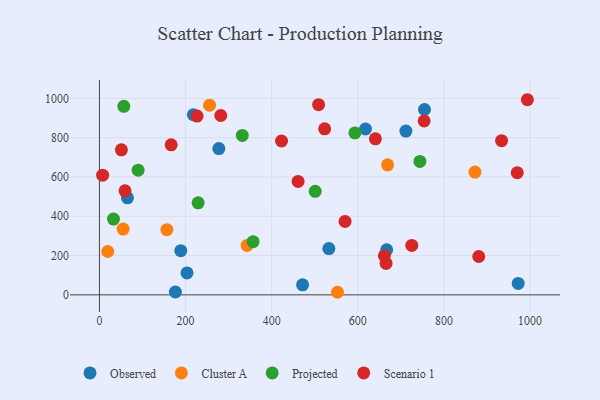
{"axis": {"x": "Speed", "y": "Demand"}, "legend": ["Cluster A", "Observed", "Projected", "Scenario 1"], "data": [{"x": "471.7", "y": 51.2, "type": "Observed"}, {"x": "754.9", "y": 943.4, "type": "Observed"}, {"x": "532.8", "y": 235.4, "type": "Observed"}, {"x": "617.9", "y": 844.2, "type": "Observed"}, {"x": "176.4", "y": 14.5, "type": "Observed"}, {"x": "972.5", "y": 58.2, "type": "Observed"}, {"x": "711.7", "y": 833.6, "type": "Observed"}, {"x": "188.9", "y": 224.9, "type": "Observed"}, {"x": "218.1", "y": 916.6, "type": "Observed"}, {"x": "667.1", "y": 229.5, "type": "Observed"}, {"x": "203.4", "y": 111.6, "type": "Observed"}, {"x": "65.1", "y": 493.6, "type": "Observed"}, {"x": "277.3", "y": 744.7, "type": "Observed"}, {"x": "19.2", "y": 220.6, "type": "Cluster A"}, {"x": "872.1", "y": 624.7, "type": "Cluster A"}, {"x": "55.1", "y": 334.9, "type": "Cluster A"}, {"x": "156.6", "y": 331.7, "type": "Cluster A"}, {"x": "669.2", "y": 661.7, "type": "Cluster A"}, {"x": "342.9", "y": 251.4, "type": "Cluster A"}, {"x": "552.8", "y": 13.1, "type": "Cluster A"}, {"x": "255.7", "y": 965.6, "type": "Cluster A"}, {"x": "744.2", "y": 678.9, "type": "Projected"}, {"x": "89.8", "y": 634.4, "type": "Projected"}, {"x": "32.6", "y": 385.9, "type": "Projected"}, {"x": "593.3", "y": 824.0, "type": "Projected"}, {"x": "56.6", "y": 959.6, "type": "Projected"}, {"x": "331.8", "y": 811.6, "type": "Projected"}, {"x": "356.8", "y": 270.7, "type": "Projected"}, {"x": "229.2", "y": 468.2, "type": "Projected"}, {"x": "501.1", "y": 526.9, "type": "Projected"}, {"x": "754.1", "y": 885.4, "type": "Scenario 1"}, {"x": "461.3", "y": 577.4, "type": "Scenario 1"}, {"x": "59.4", "y": 529.2, "type": "Scenario 1"}, {"x": "51.0", "y": 738.2, "type": "Scenario 1"}, {"x": "665.7", "y": 159.9, "type": "Scenario 1"}, {"x": "422.9", "y": 783.0, "type": "Scenario 1"}, {"x": "523.0", "y": 845.0, "type": "Scenario 1"}, {"x": "281.8", "y": 912.8, "type": "Scenario 1"}, {"x": "226.7", "y": 909.9, "type": "Scenario 1"}, {"x": "725.4", "y": 251.8, "type": "Scenario 1"}, {"x": "640.8", "y": 794.1, "type": "Scenario 1"}, {"x": "880.9", "y": 195.3, "type": "Scenario 1"}, {"x": "570.4", "y": 373.8, "type": "Scenario 1"}, {"x": "7.4", "y": 609.2, "type": "Scenario 1"}, {"x": "661.7", "y": 198.6, "type": "Scenario 1"}, {"x": "970.3", "y": 621.6, "type": "Scenario 1"}, {"x": "993.8", "y": 993.1, "type": "Scenario 1"}, {"x": "166.6", "y": 763.4, "type": "Scenario 1"}, {"x": "933.9", "y": 784.6, "type": "Scenario 1"}, {"x": "509.0", "y": 967.8, "type": "Scenario 1"}]}